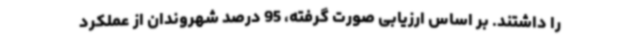
را داشتند. بر اساس ارزیابی صورت گرفته، 95 درصد شهروندان از عملکرد